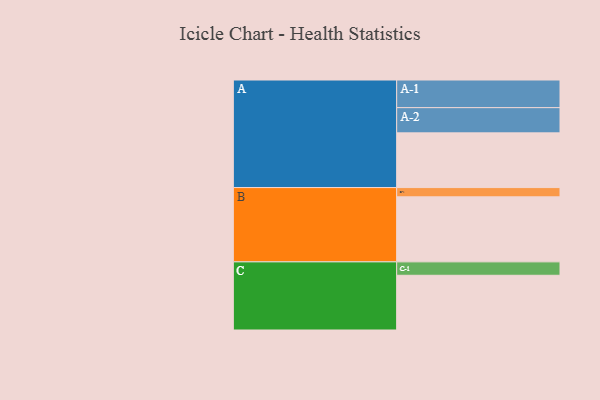
{"axis": {"x": "Segment", "y": "Value"}, "legend": ["", "A", "B", "C"], "data": [{"x": "A", "y": 473, "type": ""}, {"x": "B", "y": 562, "type": ""}, {"x": "C", "y": 473, "type": ""}, {"x": "A-1", "y": 239, "type": "A"}, {"x": "A-2", "y": 218, "type": "A"}, {"x": "B-1", "y": 80, "type": "B"}, {"x": "C-1", "y": 116, "type": "C"}]}